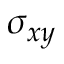
\sigma _ { x y }